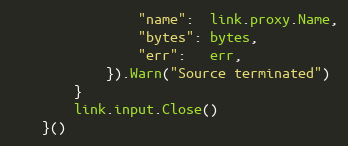
Language: Go
				"name":  link.proxy.Name,
				"bytes": bytes,
				"err":   err,
			}).Warn("Source terminated")
		}
		link.input.Close()
	}()